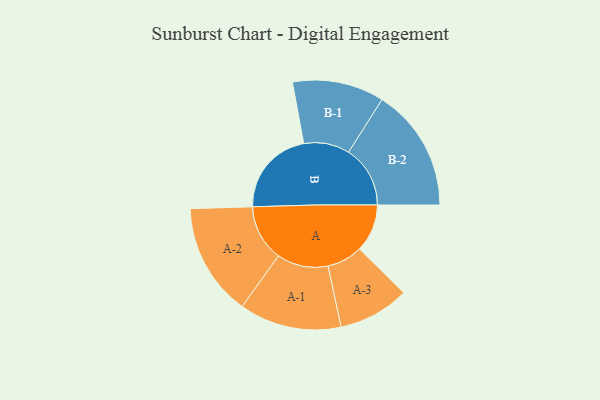
{"axis": {"x": "Segment", "y": "Value"}, "legend": ["", "A", "B"], "data": [{"x": "A", "y": 200, "type": ""}, {"x": "B", "y": 364, "type": ""}, {"x": "A-1", "y": 214, "type": "A"}, {"x": "A-2", "y": 236, "type": "A"}, {"x": "A-3", "y": 149, "type": "A"}, {"x": "B-1", "y": 192, "type": "B"}, {"x": "B-2", "y": 258, "type": "B"}]}